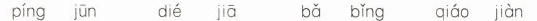
ping jun die jia ba bing qiao jian